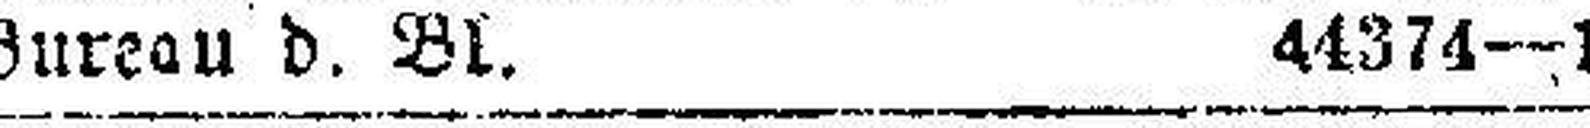
Bureau d. Bl. 44374—1